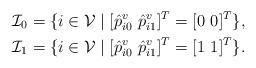
LaTeX: \begin{align*}&\mathcal{I}_0=\{i\in\mathcal{V}\mid[\hat{p}_{i0}^v~\hat{p}_{i1}^v]^T=[0~0]^T\},\\&\mathcal{I}_1=\{i\in\mathcal{V}\mid[\hat{p}_{i0}^v~\hat{p}_{i1}^v]^T=[1~1]^T\}.\end{align*}